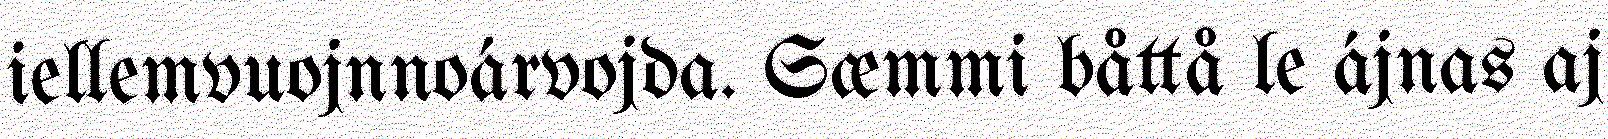
iellemvuojnnoárvojda. Sæmmi båttå le ájnas aj